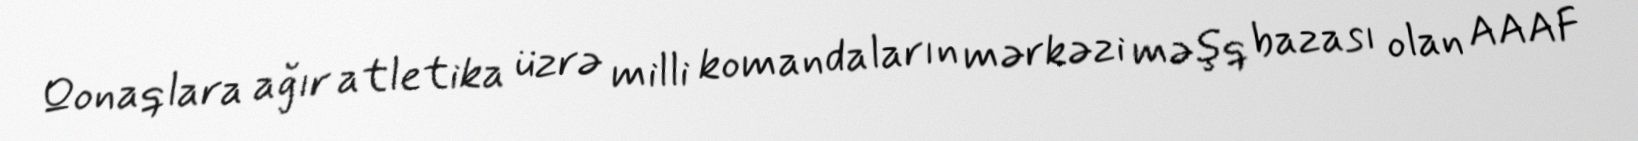
Qonaqlara ağır atletika üzrə milli komandaların mərkəzi məşq bazası olan AAAF